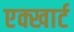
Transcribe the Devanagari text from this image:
एक्खार्ट